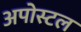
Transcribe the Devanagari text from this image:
अपोस्टल